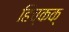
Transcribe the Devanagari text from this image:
हिच्कक्